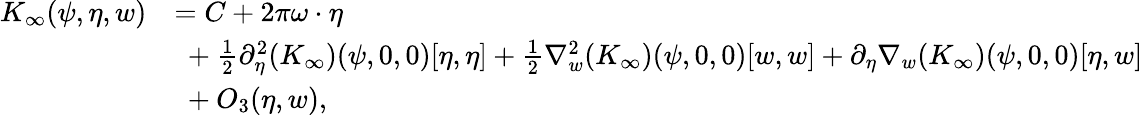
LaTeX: \begin{array}{rl}{K_{\infty}(\psi,\eta,w)}&{=C+2\pi\omega\cdot\eta}\\ &{\ +\frac{1}{2}\partial_{\eta}^{2}(K_{\infty})(\psi,0,0)[\eta,\eta]+\frac{1}{2}\nabla_{w}^{2}(K_{\infty})(\psi,0,0)[w,w]+\partial_{\eta}\nabla_{w}(K_{\infty})(\psi,0,0)[\eta,w]}\\ &{\ +O_{3}(\eta,w),}\end{array}